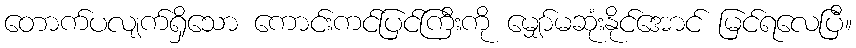
တောက်ပလျက်ရှိသော ကောင်းကင်ပြင်ကြီးကို မျှော်မဆုံးနိုင်အောင် မြင်ရလေပြီ။